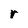
Character: r